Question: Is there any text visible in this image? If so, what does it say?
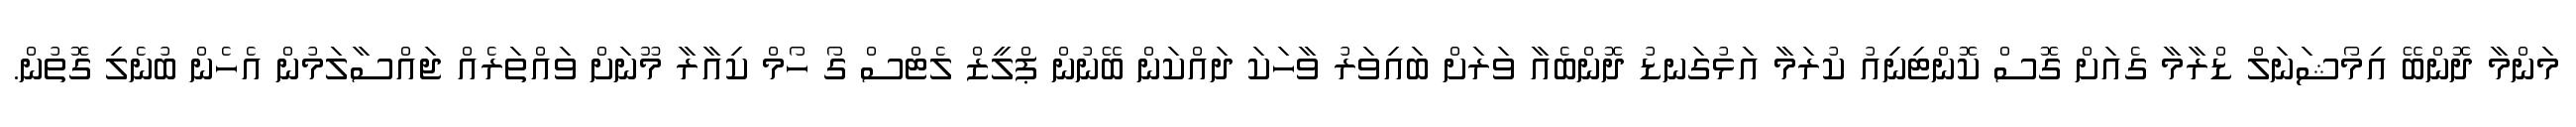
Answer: މަންމާ ދޮންބޭ އިމޯޝަނަލް ޑްރާމާ ގެއަށް ގޮސް ކޮންޓިނިއު ކުރަމާ އަޅުގަނޑު ދޮންބެއާ ވަރަށް ބައިވަރު ވާހަކަ ދައްކަން ބޭނުން ޕްލީޒް ލެޓްސް ގޯ ހޯމް ކިއާރާ މޫނަށް ވައްތަރެއް ޖައްސާލަމުން އެހެން ބުނެލި ގޮތުން.